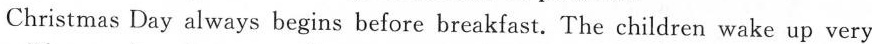
Christmas Day always begins before breakfast. The children wake up very